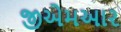
જીએમઆર